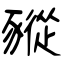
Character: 豵